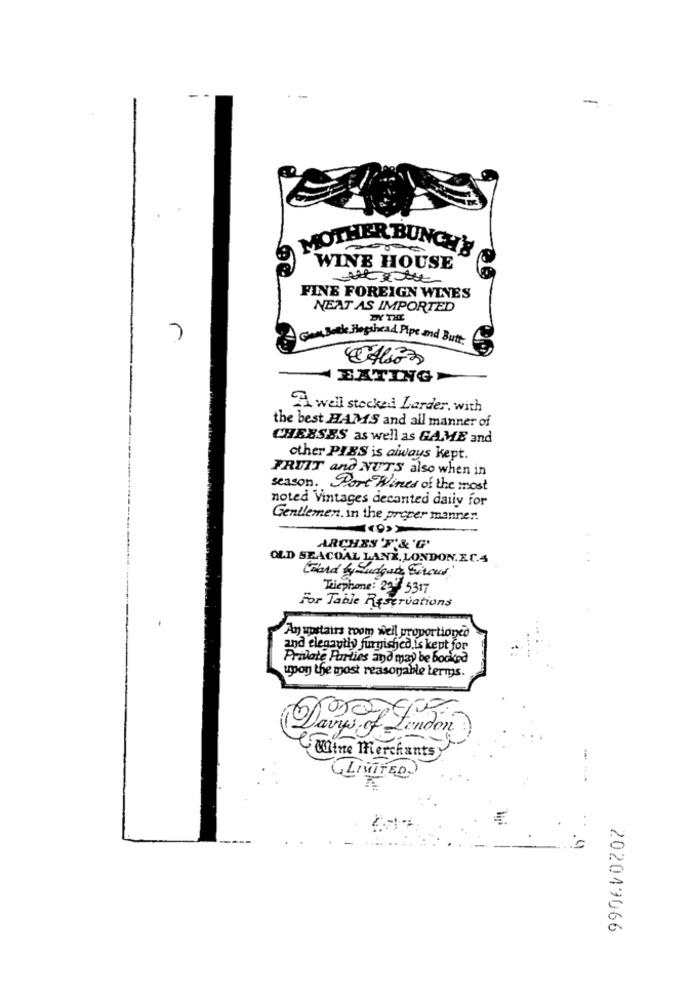
MOTHER BUM
WINE HOUSE
FINE FOREIGN WINES
NEAT AS IMPORTED
7
Gen Bock Hopahcad Pipe and But.
EATING-
A well stocked Larder, with
the best HAMS and all manner of
CHEESES as well as GAME and
other PIES is always kept.
FRUIT and NUTS also when in
season. Port Wines of the most
noted Vintages decanted daily for
Gentlemen. in the preper manner.
ARCHES 'F'&'G'
OLD SEACOAL LANX, LONDON.E.C.4
Ward by Sudgud Sivous"
Telephone: 29 5317
For Table Reservations
An upstairs room weil proportionco
and elegantly furnished.is kept for
Private Parties and may be booked
upon the most reasonable terms.
Days of London
Wine Merchants
LIMITED
C
202049066